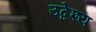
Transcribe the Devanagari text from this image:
उद्वेश्‍य